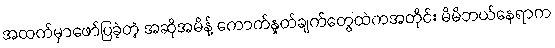
အထက်မှာဖော်ပြခဲ့တဲ့ အဆိုအမိန့် ကောက်နှုတ်ချက်တွေထဲကအတိုင်း မိမိဘယ်နေရာက